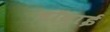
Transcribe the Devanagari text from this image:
बॉवाई